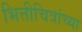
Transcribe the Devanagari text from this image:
भित्तीचित्रांच्या